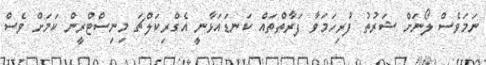
ނަމަވެސް ލޯނަށް ޝަރުތު ފުރިހަމަވާ ފަރާތްތައް ކަނޑައަޅާނީ އެގްރިކަލްޗަ މިނިސްޓްރީން ކަމަށް ވެސް